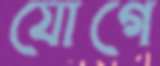
যোগে